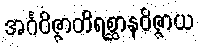
အင်္ဂဝိဇ္ဇာတိရစ္ဆာနဝိဇ္ဇာယ